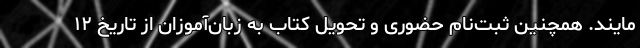
مایند. همچنین ثبت‌نام حضوری و تحویل کتاب به زبان‌آموزان از تاریخ ۱۲